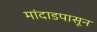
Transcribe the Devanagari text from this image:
मांदाडपासून